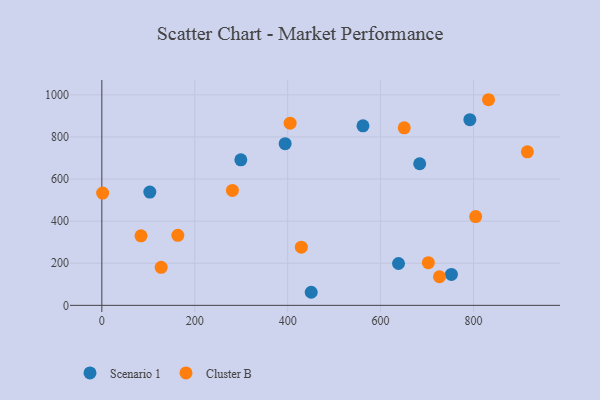
{"axis": {"x": "Speed", "y": "Rating"}, "legend": ["Cluster B", "Scenario 1"], "data": [{"x": "299.2", "y": 691.4, "type": "Scenario 1"}, {"x": "103.3", "y": 538.3, "type": "Scenario 1"}, {"x": "638.6", "y": 198.9, "type": "Scenario 1"}, {"x": "792.2", "y": 882.2, "type": "Scenario 1"}, {"x": "752.5", "y": 146.9, "type": "Scenario 1"}, {"x": "450.7", "y": 62.1, "type": "Scenario 1"}, {"x": "684.2", "y": 672.7, "type": "Scenario 1"}, {"x": "394.6", "y": 768.1, "type": "Scenario 1"}, {"x": "562.1", "y": 852.8, "type": "Scenario 1"}, {"x": "726.8", "y": 135.9, "type": "Cluster B"}, {"x": "804.7", "y": 421.6, "type": "Cluster B"}, {"x": "163.6", "y": 332.6, "type": "Cluster B"}, {"x": "916.0", "y": 729.1, "type": "Cluster B"}, {"x": "84.3", "y": 330.3, "type": "Cluster B"}, {"x": "702.8", "y": 202.6, "type": "Cluster B"}, {"x": "832.4", "y": 976.8, "type": "Cluster B"}, {"x": "1.7", "y": 533.2, "type": "Cluster B"}, {"x": "429.4", "y": 276.4, "type": "Cluster B"}, {"x": "405.3", "y": 865.3, "type": "Cluster B"}, {"x": "650.9", "y": 843.4, "type": "Cluster B"}, {"x": "281.1", "y": 546.0, "type": "Cluster B"}, {"x": "127.7", "y": 180.8, "type": "Cluster B"}]}